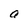
Character: a